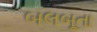
બલબૂતા